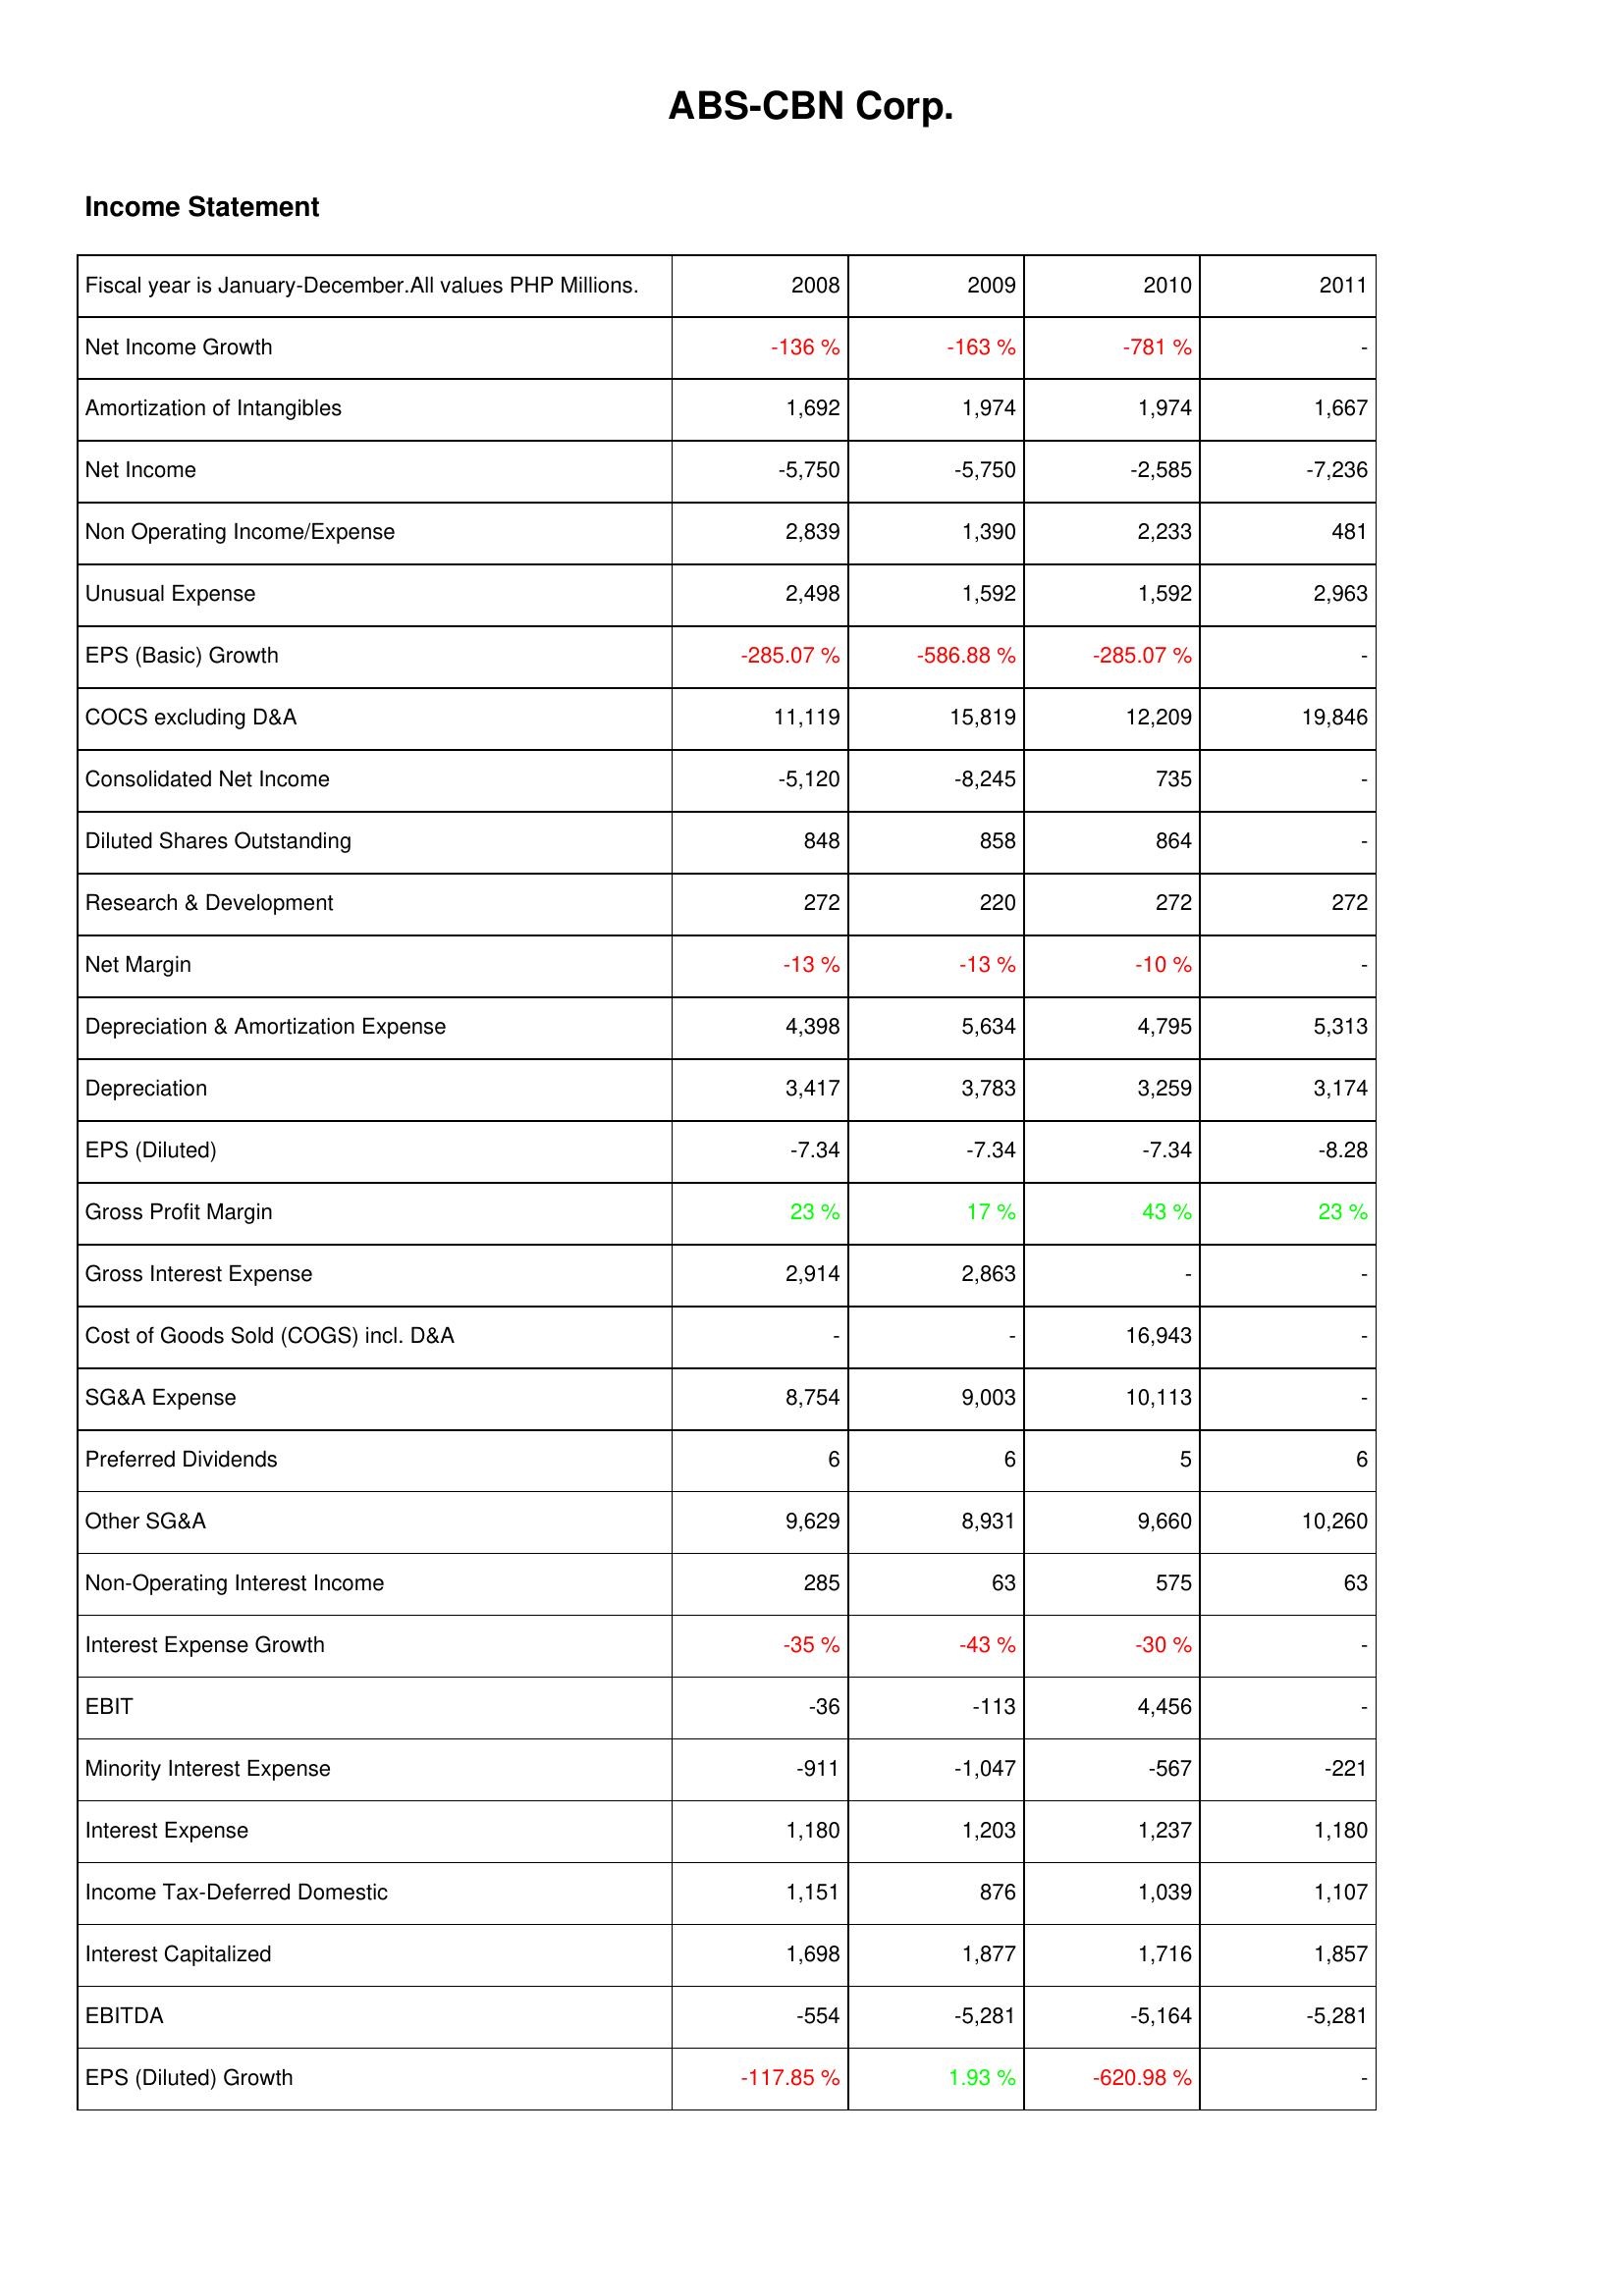
2008: Income Statement: Net Income Growth: -136 %
Amortization of Intangibles: 1,692
Net Income: -5,750
Non Operating Income/Expense: 2,839
Unusual Expense: 2,498
EPS (Basic) Growth: -285.07 %
COCS excluding D&A: 11,119
Consolidated Net Income: -5,120
Diluted Shares Outstanding: 848
Research & Development: 272
Net Margin: -13 %
Depreciation & Amortization Expense: 4,398
Depreciation: 3,417
EPS (Diluted): -7.34
Gross Profit Margin: 23 %
Gross Interest Expense: 2,914
Cost of Goods Sold (COGS) incl. D&A: -
SG&A Expense: 8,754
Preferred Dividends: 6
Other SG&A: 9,629
Non-Operating Interest Income: 285
Interest Expense Growth: -35 %
EBIT: -36
Minority Interest Expense: -911
Interest Expense: 1,180
Income Tax-Deferred Domestic: 1,151
Interest Capitalized: 1,698
EBITDA: -554
EPS (Diluted) Growth: -117.85 %
2009: Income Statement: Net Income Growth: -163 %
Amortization of Intangibles: 1,974
Net Income: -5,750
Non Operating Income/Expense: 1,390
Unusual Expense: 1,592
EPS (Basic) Growth: -586.88 %
COCS excluding D&A: 15,819
Consolidated Net Income: -8,245
Diluted Shares Outstanding: 858
Research & Development: 220
Net Margin: -13 %
Depreciation & Amortization Expense: 5,634
Depreciation: 3,783
EPS (Diluted): -7.34
Gross Profit Margin: 17 %
Gross Interest Expense: 2,863
Cost of Goods Sold (COGS) incl. D&A: -
SG&A Expense: 9,003
Preferred Dividends: 6
Other SG&A: 8,931
Non-Operating Interest Income: 63
Interest Expense Growth: -43 %
EBIT: -113
Minority Interest Expense: -1,047
Interest Expense: 1,203
Income Tax-Deferred Domestic: 876
Interest Capitalized: 1,877
EBITDA: -5,281
EPS (Diluted) Growth: 1.93 %
2010: Income Statement: Net Income Growth: -781 %
Amortization of Intangibles: 1,974
Net Income: -2,585
Non Operating Income/Expense: 2,233
Unusual Expense: 1,592
EPS (Basic) Growth: -285.07 %
COCS excluding D&A: 12,209
Consolidated Net Income: 735
Diluted Shares Outstanding: 864
Research & Development: 272
Net Margin: -10 %
Depreciation & Amortization Expense: 4,795
Depreciation: 3,259
EPS (Diluted): -7.34
Gross Profit Margin: 43 %
Gross Interest Expense: -
Cost of Goods Sold (COGS) incl. D&A: 16,943
SG&A Expense: 10,113
Preferred Dividends: 5
Other SG&A: 9,660
Non-Operating Interest Income: 575
Interest Expense Growth: -30 %
EBIT: 4,456
Minority Interest Expense: -567
Interest Expense: 1,237
Income Tax-Deferred Domestic: 1,039
Interest Capitalized: 1,716
EBITDA: -5,164
EPS (Diluted) Growth: -620.98 %
2011: Income Statement: Net Income Growth: -
Amortization of Intangibles: 1,667
Net Income: -7,236
Non Operating Income/Expense: 481
Unusual Expense: 2,963
EPS (Basic) Growth: -
COCS excluding D&A: 19,846
Consolidated Net Income: -
Diluted Shares Outstanding: -
Research & Development: 272
Net Margin: -
Depreciation & Amortization Expense: 5,313
Depreciation: 3,174
EPS (Diluted): -8.28
Gross Profit Margin: 23 %
Gross Interest Expense: -
Cost of Goods Sold (COGS) incl. D&A: -
SG&A Expense: -
Preferred Dividends: 6
Other SG&A: 10,260
Non-Operating Interest Income: 63
Interest Expense Growth: -
EBIT: -
Minority Interest Expense: -221
Interest Expense: 1,180
Income Tax-Deferred Domestic: 1,107
Interest Capitalized: 1,857
EBITDA: -5,281
EPS (Diluted) Growth: -